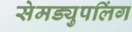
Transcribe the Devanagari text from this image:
सेमड्युपलिंग